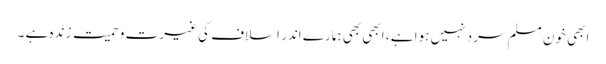
ابھی خون مسلم سرد نہیں ہوا ہے ، ابھی بھی ہمارے اندر اسلاف کی غیرت و حمیت زندہ ہے ۔